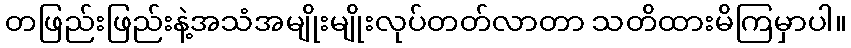
တဖြည်းဖြည်းနဲ့အသံအမျိုးမျိုးလုပ်တတ်လာတာ သတိထားမိကြမှာပါ။